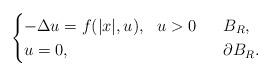
LaTeX: \begin{align*}\begin{cases}-\Delta u=f(|x|, u),\ \ u>0&\ \ B_R,\\ u=0,\ \ &\ \ \partial B_R.\end{cases}\end{align*}